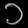
Digit: ၁